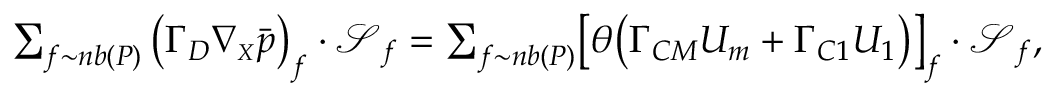
\begin{array} { r } { \sum _ { f \sim n b ( P ) } \left( \boldsymbol { \Gamma _ { D } } \boldsymbol { \nabla _ { \scriptscriptstyle X } } \Bar { p } \right) _ { f } \cdot \boldsymbol { \mathcal { S } } _ { f } = \sum _ { f \sim n b ( P ) } \bigl [ \theta \bigl ( \boldsymbol { \Gamma _ { C M } } \boldsymbol { U _ { m } } + \boldsymbol { \Gamma _ { C 1 } } \boldsymbol { U _ { 1 } } \bigr ) \bigr ] _ { f } \cdot \boldsymbol { \mathcal { S } } _ { f } , } \end{array}